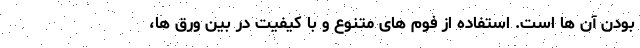
بودن آن ها است. استفاده از فوم های متنوع و با کیفیت در بین ورق ها،